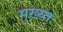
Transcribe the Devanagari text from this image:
मुख्य्तः